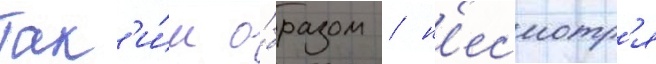
Так'и́м о́бразом / н'есмотр'я